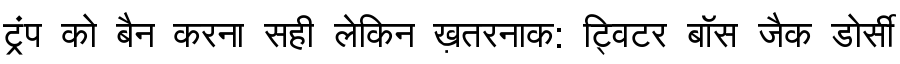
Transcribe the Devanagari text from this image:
ट्रंप को बैन करना सही लेकिन ख़तरनाक: ट्विटर बॉस जैक डोर्सी